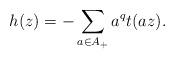
LaTeX: \begin{align*}h(z) = -\sum_{a\in A_+}a^qt(az).\end{align*}